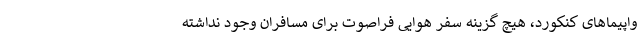
واپیماهای کنکورد، هیچ گزینه سفر هوایی فراصوت برای مسافران وجود نداشته